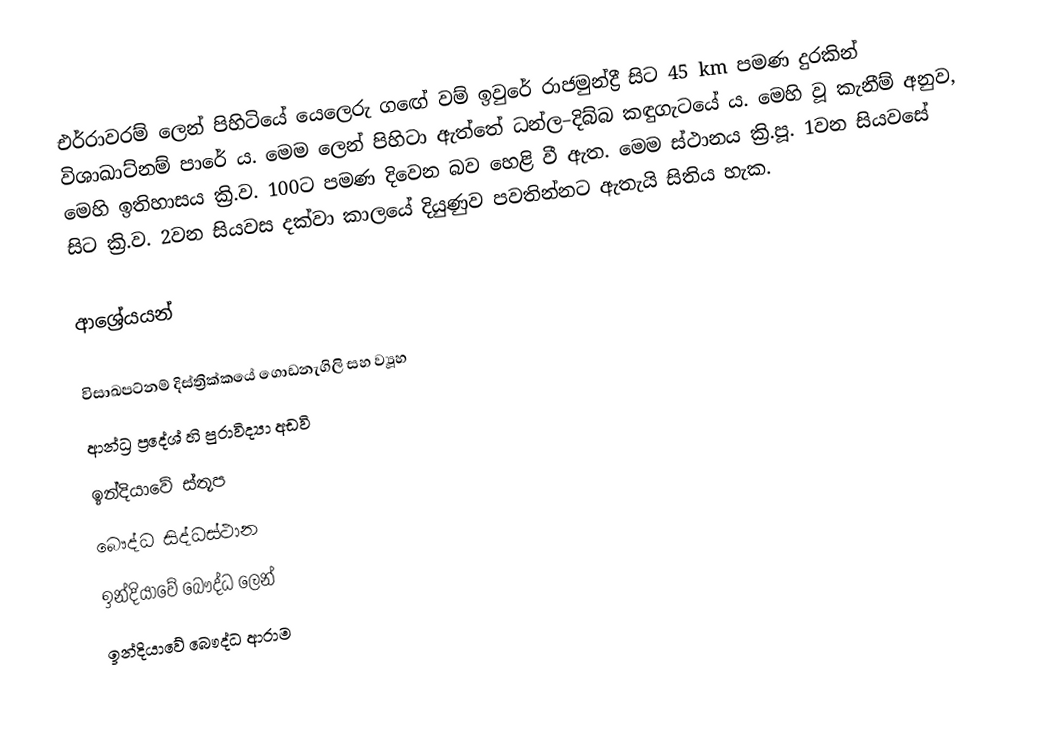
එර්රාවරම් ලෙන් පිහිටියේ යෙලෙරු ගඟේ වම් ඉවුරේ රාජමුන්ද්‍රී සිට 45 km පමණ දුරකින් විශාඛාට්නම් පාරේ ය. මෙම ලෙන් පිහිටා ඇත්තේ ධන්ල–දිබ්බ කඳුගැටයේ ය. මෙහි වූ කැනීම් අනුව, මෙහි ඉතිහාසය ක්‍රි.ව. 100ට පමණ දිවෙන බව හෙළි වී ඇත. මෙම ස්ථානය ක්‍රි.පූ. 1වන සියවසේ සිට ක්‍රි.ව. 2වන සියවස දක්වා කාලයේ දියුණුව පවතින්නට ඇතැයි සිතිය හැක.

ආශ්‍රේයයන්

විසාඛපට්නම් දිස්ත්‍රික්කයේ ගොඩනැගිලි සහ ව්‍යූහ
ආන්ධ්‍ර ප්‍රදේශ් හි පුරාවිද්‍යා අඩවි
ඉන්දියාවේ ස්තූප
බෞද්ධ සිද්ධස්ථාන
ඉන්දියාවේ බෞද්ධ ලෙන්
ඉන්දියාවේ බෞද්ධ ආරාම